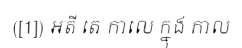
([1]) អតី តេ កាលេ ក្នុង កាល